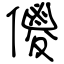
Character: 儍